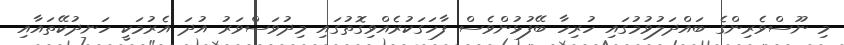
މި ނޫސްވެރިންގެ ބައްދަލުވުމުގައި ހުރިހާ ބޭފުޅުންވެސް ފާހަގަކުރެއްވިގޮތުގައި މިދުވަސްވަރު އުދަ އެރުމަކީ ހަނދުކޭތައާއި